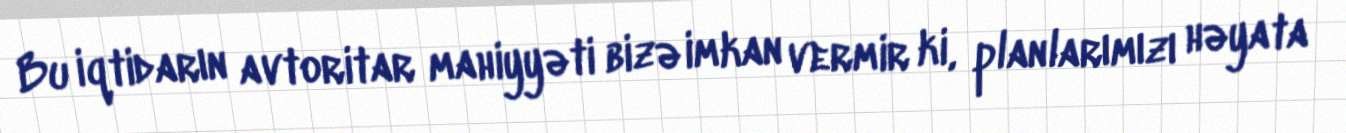
Bu iqtidarın avtoritar mahiyyəti bizə imkan vermir ki, planlarımızı həyata